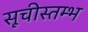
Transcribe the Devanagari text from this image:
सूचीस्तम्भ